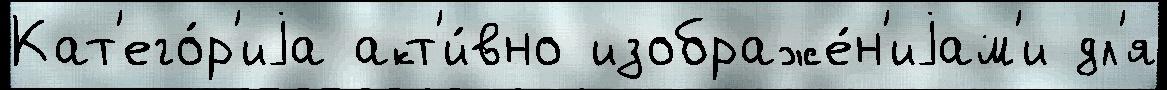
Кат'его́р'иjа акт'и́вно изображе́н'иjам'и дл'я